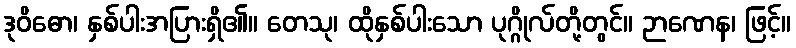
ဒုဝိဓော၊ နှစ်ပါးအပြားရှိ၏။ တေသု၊ ထိုနှစ်ပါးသော ပုဂ္ဂိုလ်တို့တွင်။ ဉာဏေန၊ ဖြင့်။